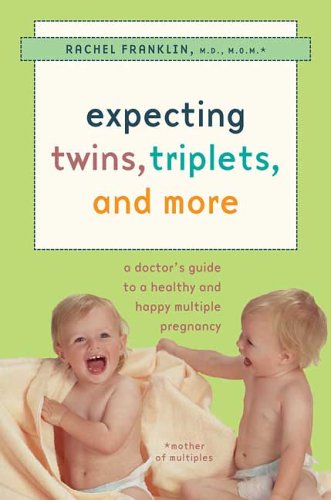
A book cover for Expecting Twins, Triplets, and  More: A Doctor's Guide to a Healthy and Happy Multiple Pregnancy; Rachel McClintock Franklin; Parenting & Relationships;